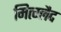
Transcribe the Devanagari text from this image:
मित्ग्लैद